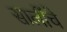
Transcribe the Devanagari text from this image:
सालींचे